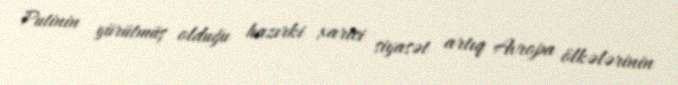
Putinin yürütmüş olduğu hazırki xarici siyasət artıq Avropa ölkələrinin